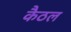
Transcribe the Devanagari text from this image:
कैठल